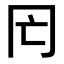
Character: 𠕃